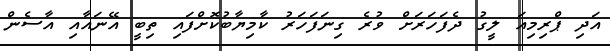
އަދި ޕްރިމިއަ ލީގު ދެފަހަރަށް ވުރެ ގިނަފަހަރު ކާމިޔާބުކޮށްފައި ތިބީ އޭނައާއި އާސެން